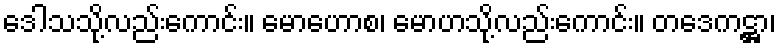
ဒေါသသို့လည်းကောင်း။ မောဟောစ၊ မောဟသို့လည်းကောင်း။ တဒေကဋ္ဌာ၊